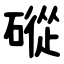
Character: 磫